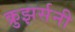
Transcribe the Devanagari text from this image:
क्रुझर्सनी